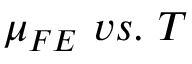
\mu _ { F E } \ v s . \ T